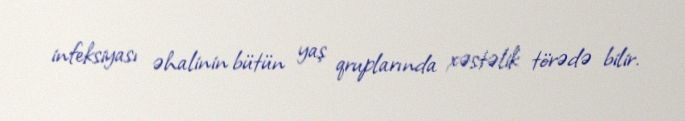
infeksiyası əhalinin bütün yaş qruplarında xəstəlik törədə bilir.